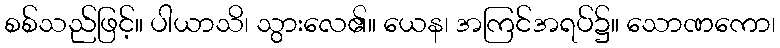
စစ်သည်ဖြင့်။ ပါယာသိ၊ သွားလေ၏။ ယေန၊ အကြင်အရပ်၌။ သောဏကော၊